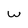
Character: w